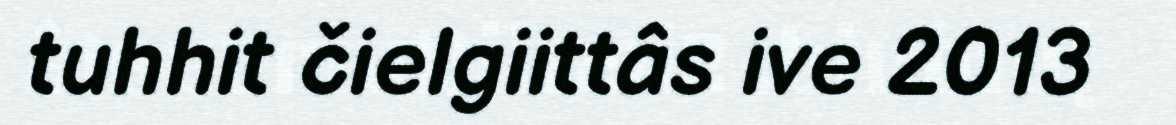
tuhhit čielgiittâs ive 2013